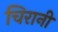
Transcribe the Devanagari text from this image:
चिरानी